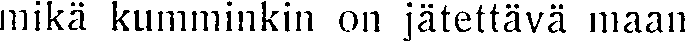
mikä kumminkin on jätettävä maan